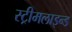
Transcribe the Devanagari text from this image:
स्ट्रीमलाइन्ड